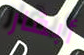
أبقار